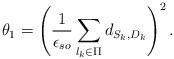
LaTeX: \begin{align*}\theta_1=\left(\frac{1}{\epsilon_{so}}\sum_{l_k \in \Pi} d_{S_k, D_k}\right)^2. \end{align*}